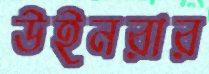
উইনরার